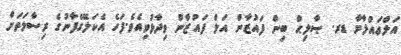
އަލްޢައްލާމާ ޑރ. ޞާލިޙް ބިން ފައުޒާން އަލް ފައުޒާން ވިދާޅުވިއެވެ.ފަހެ އެކަލޭގެފާނުގެ ރިސާލަތަށް